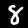
Label: 8